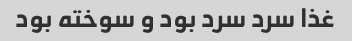
غذا سرد سرد بود و سوخته بود